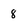
Character: 8